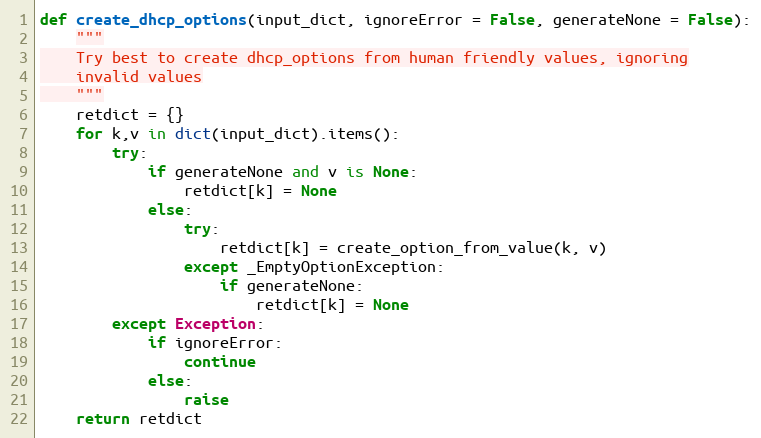
Language: Python
def create_dhcp_options(input_dict, ignoreError = False, generateNone = False):
    """
    Try best to create dhcp_options from human friendly values, ignoring
    invalid values
    """
    retdict = {}
    for k,v in dict(input_dict).items():
        try:
            if generateNone and v is None:
                retdict[k] = None
            else:
                try:
                    retdict[k] = create_option_from_value(k, v)
                except _EmptyOptionException:
                    if generateNone:
                        retdict[k] = None
        except Exception:
            if ignoreError:
                continue
            else:
                raise
    return retdict